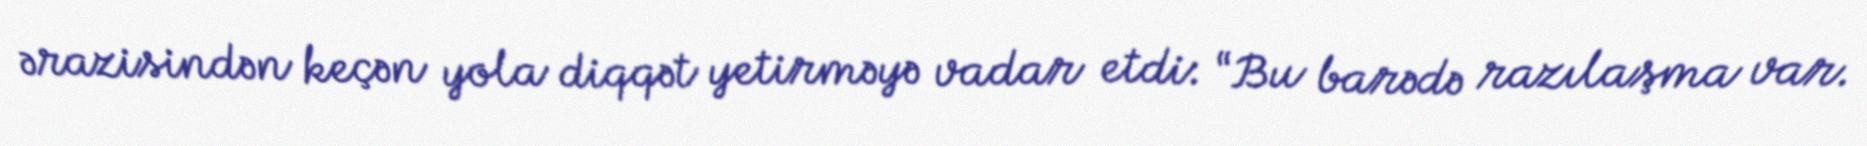
ərazisindən keçən yola diqqət yetirməyə vadar etdi: “Bu barədə razılaşma var.